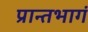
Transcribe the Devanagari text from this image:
प्रान्तभागं